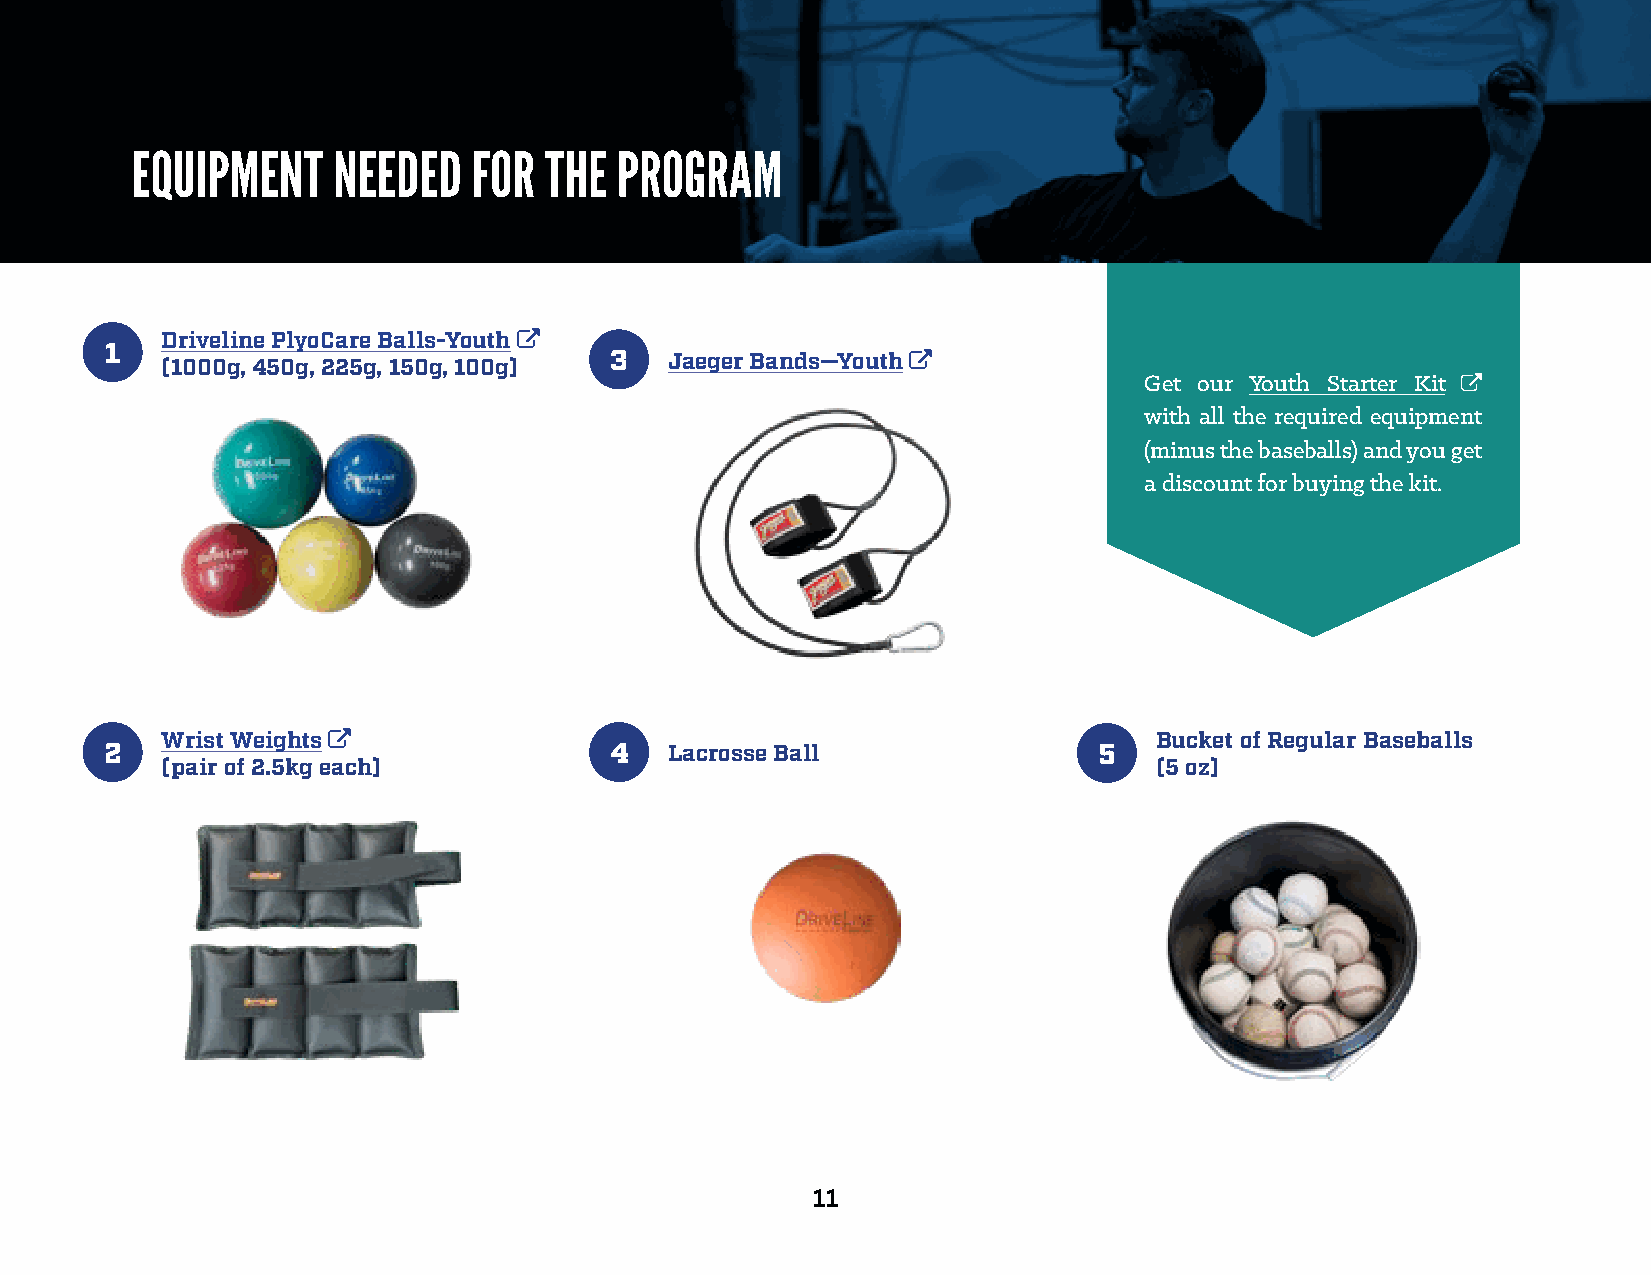
EQUIPMENT    NEEDED   FOR  THE  PROGRAM
 Driveline PlyoCare Balls-Youth 
 1                                3   Jaeger Bands—Youth 
 (1000g, 450g, 225g, 150g, 100g)
 Get our Youth Starter Kit 
 with all the required equipment
 (minus the baseballs) and you get
 a discount for buying the kit.
 Wrist Weights                                                   Bucket of Regular Baseballs
 2                                4   Lacrosse Ball                5
 (pair of 2.5kg each)                                             (5 oz)
 11